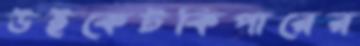
উইকেটকিপারের